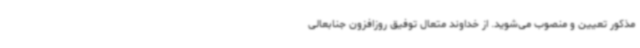
مذکور تعیین و منصوب می‌شوید. از خداوند متعال توفیق روزافزون جنابعالی